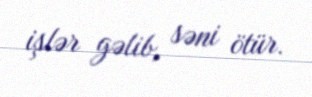
işlər gəlib, səni ötür.